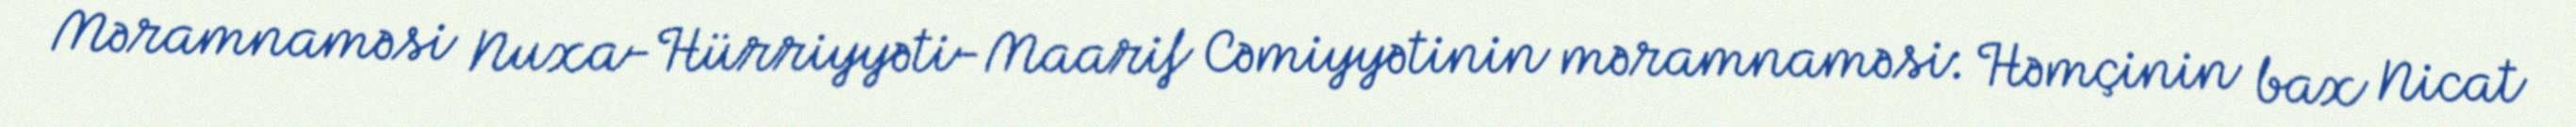
Məramnaməsi Nuxa-Hürriyyəti-Maarif Cəmiyyətinin məramnaməsi: Həmçinin bax Nicat